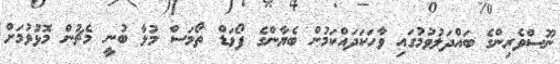
ނޫސްވެރިންގެ ބައްދަލުވުމުގައި ވާހަކަދައްކަމުން ބެޔާންގެ ފޯވަޑް ތޯމަސް މުލާ ބުނީ މެޗުން މޮޅުވުމަށް